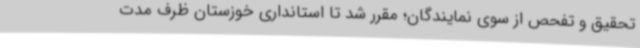
تحقیق و تفحص از سوی نمایندگان؛ مقرر شد تا استانداری خوزستان ظرف مدت